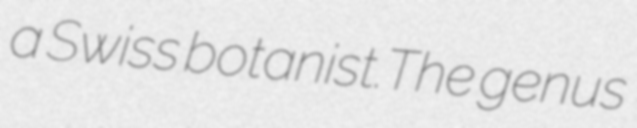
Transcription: a Swiss botanist.The genus